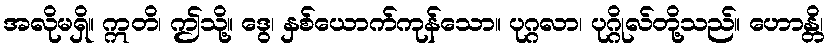
အလိုမရှိ။ ဣတိ၊ ဤသို့။ ဒွေ၊ နှစ်ယောက်ကုန်သော။ ပုဂ္ဂလာ၊ ပုဂ္ဂိုလ်တို့သည်။ ဟောန္တိ၊